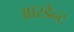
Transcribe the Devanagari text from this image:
आरडेन्ट